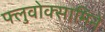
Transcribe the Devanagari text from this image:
फ्लुवोक्सामिने